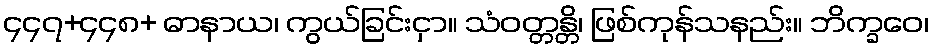
၄၄၇+၄၄၈+ ဓာနာယ၊ ကွယ်ခြင်းငှာ။ သံဝတ္တန္တိ၊ ဖြစ်ကုန်သနည်း။ ဘိက္ခဝေ၊